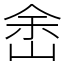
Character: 峹